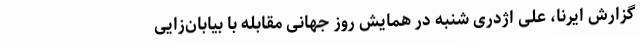
گزارش ایرنا، علی اژدری شنبه در همایش روز جهانی مقابله با بیابان‌زایی